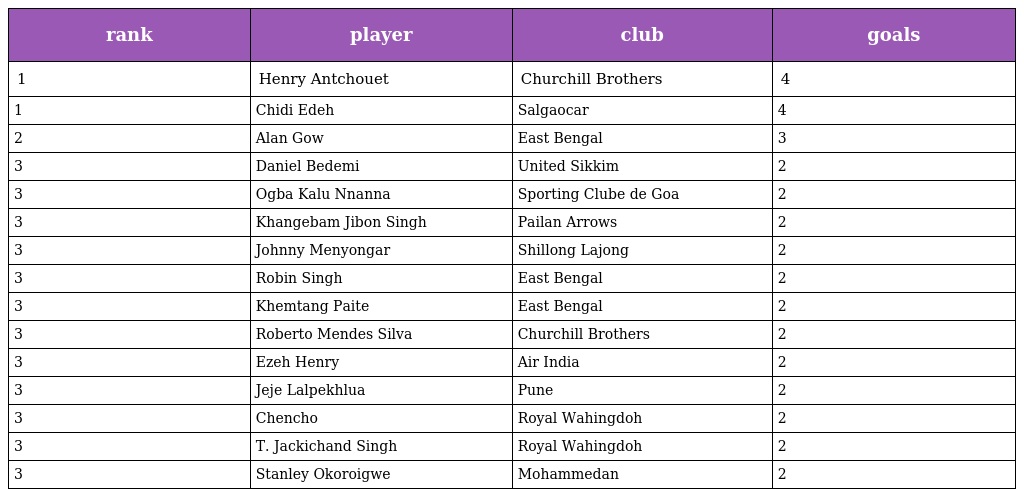
| rank | player | club | goals |
 | --- | --- | --- | --- |
 | 1 | Henry Antchouet | Churchill Brothers | 4 |
 | 1 | Chidi Edeh | Salgaocar | 4 |
 | 2 | Alan Gow | East Bengal | 3 |
 | 3 | Daniel Bedemi | United Sikkim | 2 |
 | 3 | Ogba Kalu Nnanna | Sporting Clube de Goa | 2 |
 | 3 | Khangebam Jibon Singh | Pailan Arrows | 2 |
 | 3 | Johnny Menyongar | Shillong Lajong | 2 |
 | 3 | Robin Singh | East Bengal | 2 |
 | 3 | Khemtang Paite | East Bengal | 2 |
 | 3 | Roberto Mendes Silva | Churchill Brothers | 2 |
 | 3 | Ezeh Henry | Air India | 2 |
 | 3 | Jeje Lalpekhlua | Pune | 2 |
 | 3 | Chencho | Royal Wahingdoh | 2 |
 | 3 | T. Jackichand Singh | Royal Wahingdoh | 2 |
 | 3 | Stanley Okoroigwe | Mohammedan | 2 |